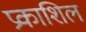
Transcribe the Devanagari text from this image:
प्रकाशिल